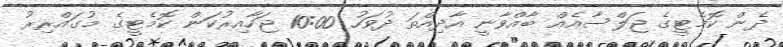
ދެން ކޮމެޓީގެ ޖަލްސާއެއް ބާއްވާނީ އާދިއްތަ ދުވަހު 10:00 ޖަހާއިރުކަން ކޮމެޓީގެ މުގައްރިރު